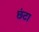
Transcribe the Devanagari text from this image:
छंटा